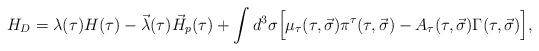
LaTeX: \begin{align*}H_D = \lambda (\tau) H (\tau)- \vec{\lambda} (\tau) \vec{H}_p (\tau) +\int{d^3\sigma \Big[ \mu_\tau (\tau, \vec{\sigma}) \pi^\tau (\tau, \vec{\sigma})- A_\tau (\tau, \vec{\sigma}) \Gamma (\tau, \vec{\sigma}) \Big]} ,\end{align*}